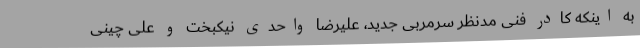
به اینکه کادر فنی مدنظر سرمربی جدید، علیرضا واحدی نیکبخت و علی چینی